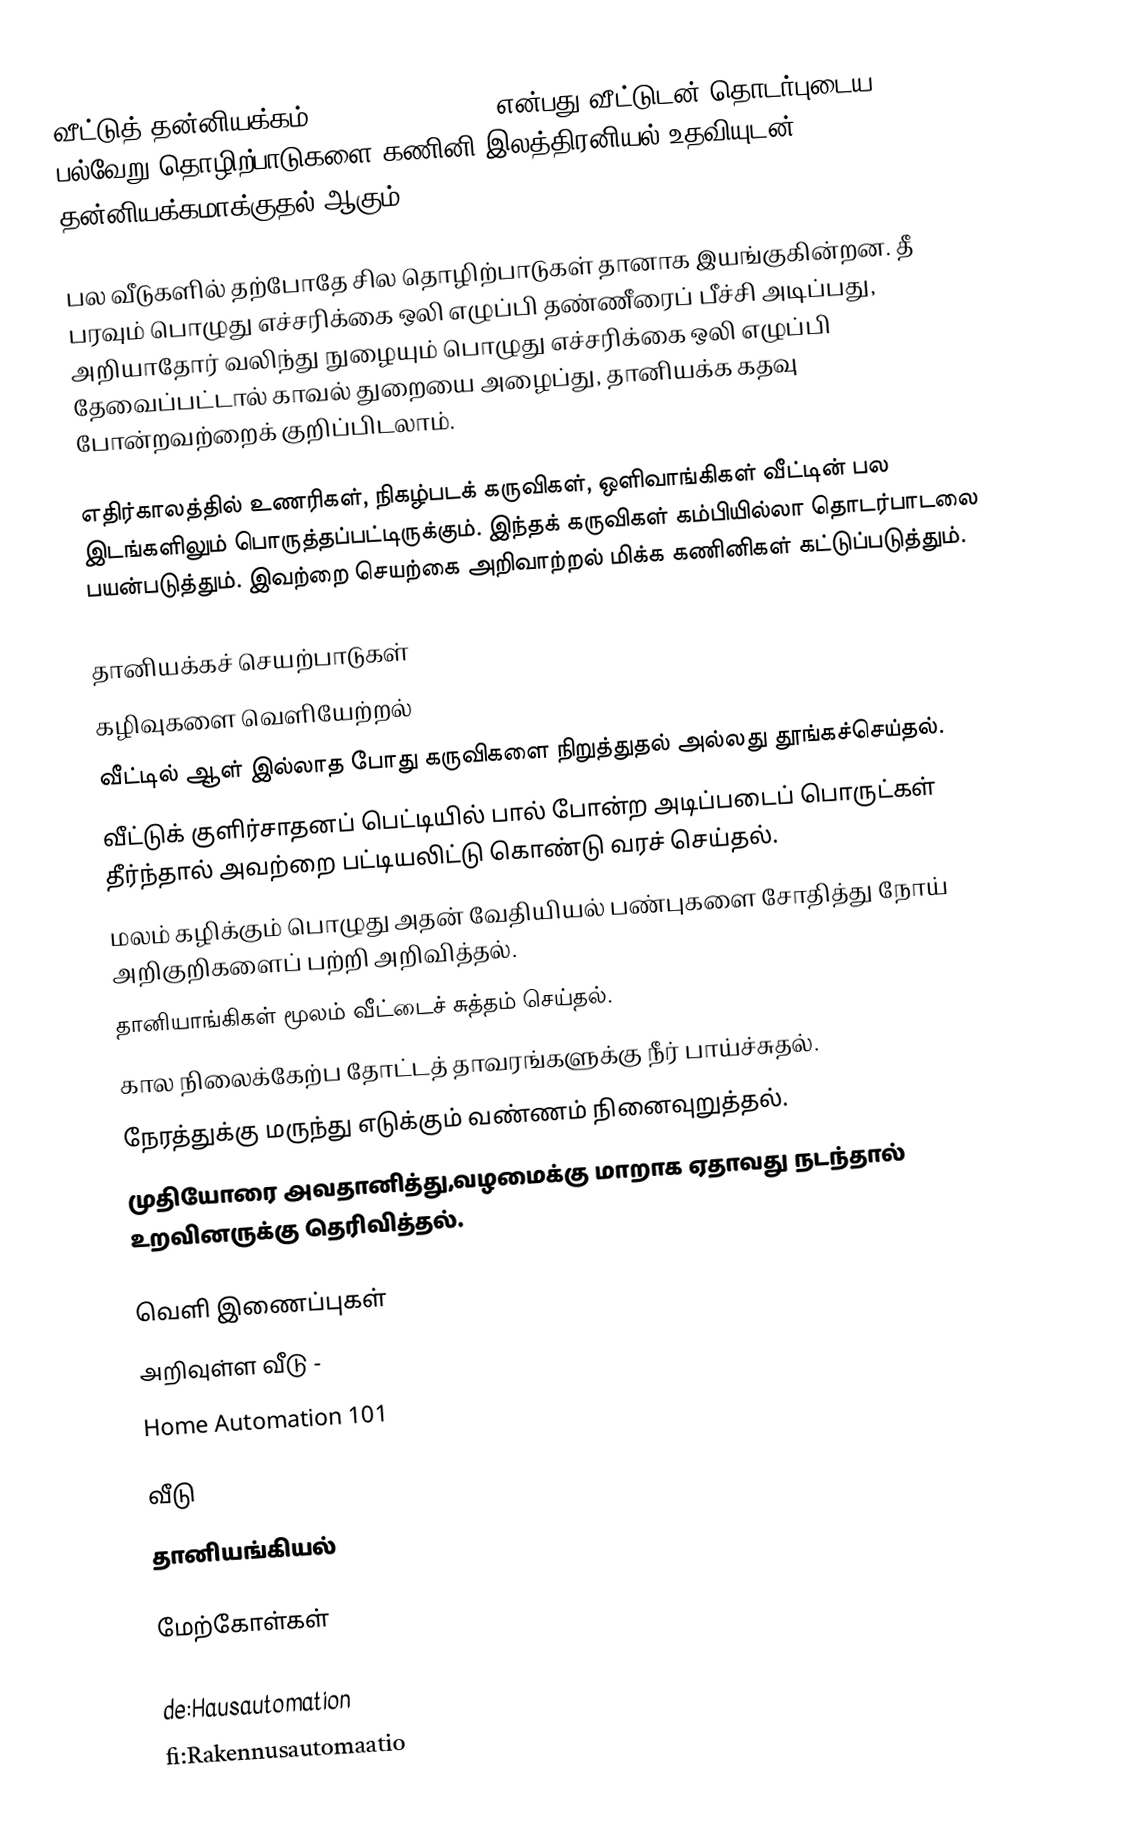
வீட்டுத் தன்னியக்கம் (Home automation) என்பது வீட்டுடன் தொடர்புடைய பல்வேறு தொழிற்பாடுகளை கணினி இலத்திரனியல் உதவியுடன் தன்னியக்கமாக்குதல் ஆகும்.

பல வீடுகளில் தற்போதே சில தொழிற்பாடுகள் தானாக இயங்குகின்றன. தீ பரவும் பொழுது எச்சரிக்கை ஒலி எழுப்பி தண்ணீரைப் பீச்சி அடிப்பது, அறியாதோர் வலிந்து நுழையும் பொழுது எச்சரிக்கை ஒலி எழுப்பி தேவைப்பட்டால் காவல் துறையை அழைப்து, தானியக்க கதவு போன்றவற்றைக் குறிப்பிடலாம்.

எதிர்காலத்தில் உணரிகள், நிகழ்படக் கருவிகள், ஒளிவாங்கிகள் வீட்டின் பல இடங்களிலும் பொருத்தப்பட்டிருக்கும். இந்தக் கருவிகள் கம்பியில்லா தொடர்பாடலை பயன்படுத்தும். இவற்றை செயற்கை அறிவாற்றல் மிக்க கணினிகள் கட்டுப்படுத்தும்.

தானியக்கச் செயற்பாடுகள்
 கழிவுகளை வெளியேற்றல்
 வீட்டில் ஆள் இல்லாத போது கருவிகளை நிறுத்துதல் அல்லது தூங்கச்செய்தல்.
 வீட்டுக் குளிர்சாதனப் பெட்டியில் பால் போன்ற அடிப்படைப் பொருட்கள் தீர்ந்தால் அவற்றை பட்டியலிட்டு கொண்டு வரச் செய்தல்.
 மலம் கழிக்கும் பொழுது அதன் வேதியியல் பண்புகளை சோதித்து நோய் அறிகுறிகளைப் பற்றி அறிவித்தல்.
 தானியாங்கிகள் மூலம் வீட்டைச் சுத்தம் செய்தல்.
 கால நிலைக்கேற்ப தோட்டத் தாவரங்களுக்கு நீர் பாய்ச்சுதல்.
 நேரத்துக்கு மருந்து எடுக்கும் வண்ணம் நினைவுறுத்தல்.
 முதியோரை அவதானித்து,வழமைக்கு மாறாக ஏதாவது நடந்தால் உறவினருக்கு தெரிவித்தல்.

வெளி இணைப்புகள்
 அறிவுள்ள வீடு -
 Home Automation 101

வீடு
தானியங்கியல்

மேற்கோள்கள்

de:Hausautomation
fi:Rakennusautomaatio